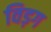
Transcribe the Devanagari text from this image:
विड़ग